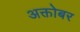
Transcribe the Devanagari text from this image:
अक्तोबर